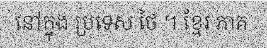
នៅក្នុង ប្រទេស ថៃ ។ ខ្មែរ ភាគ